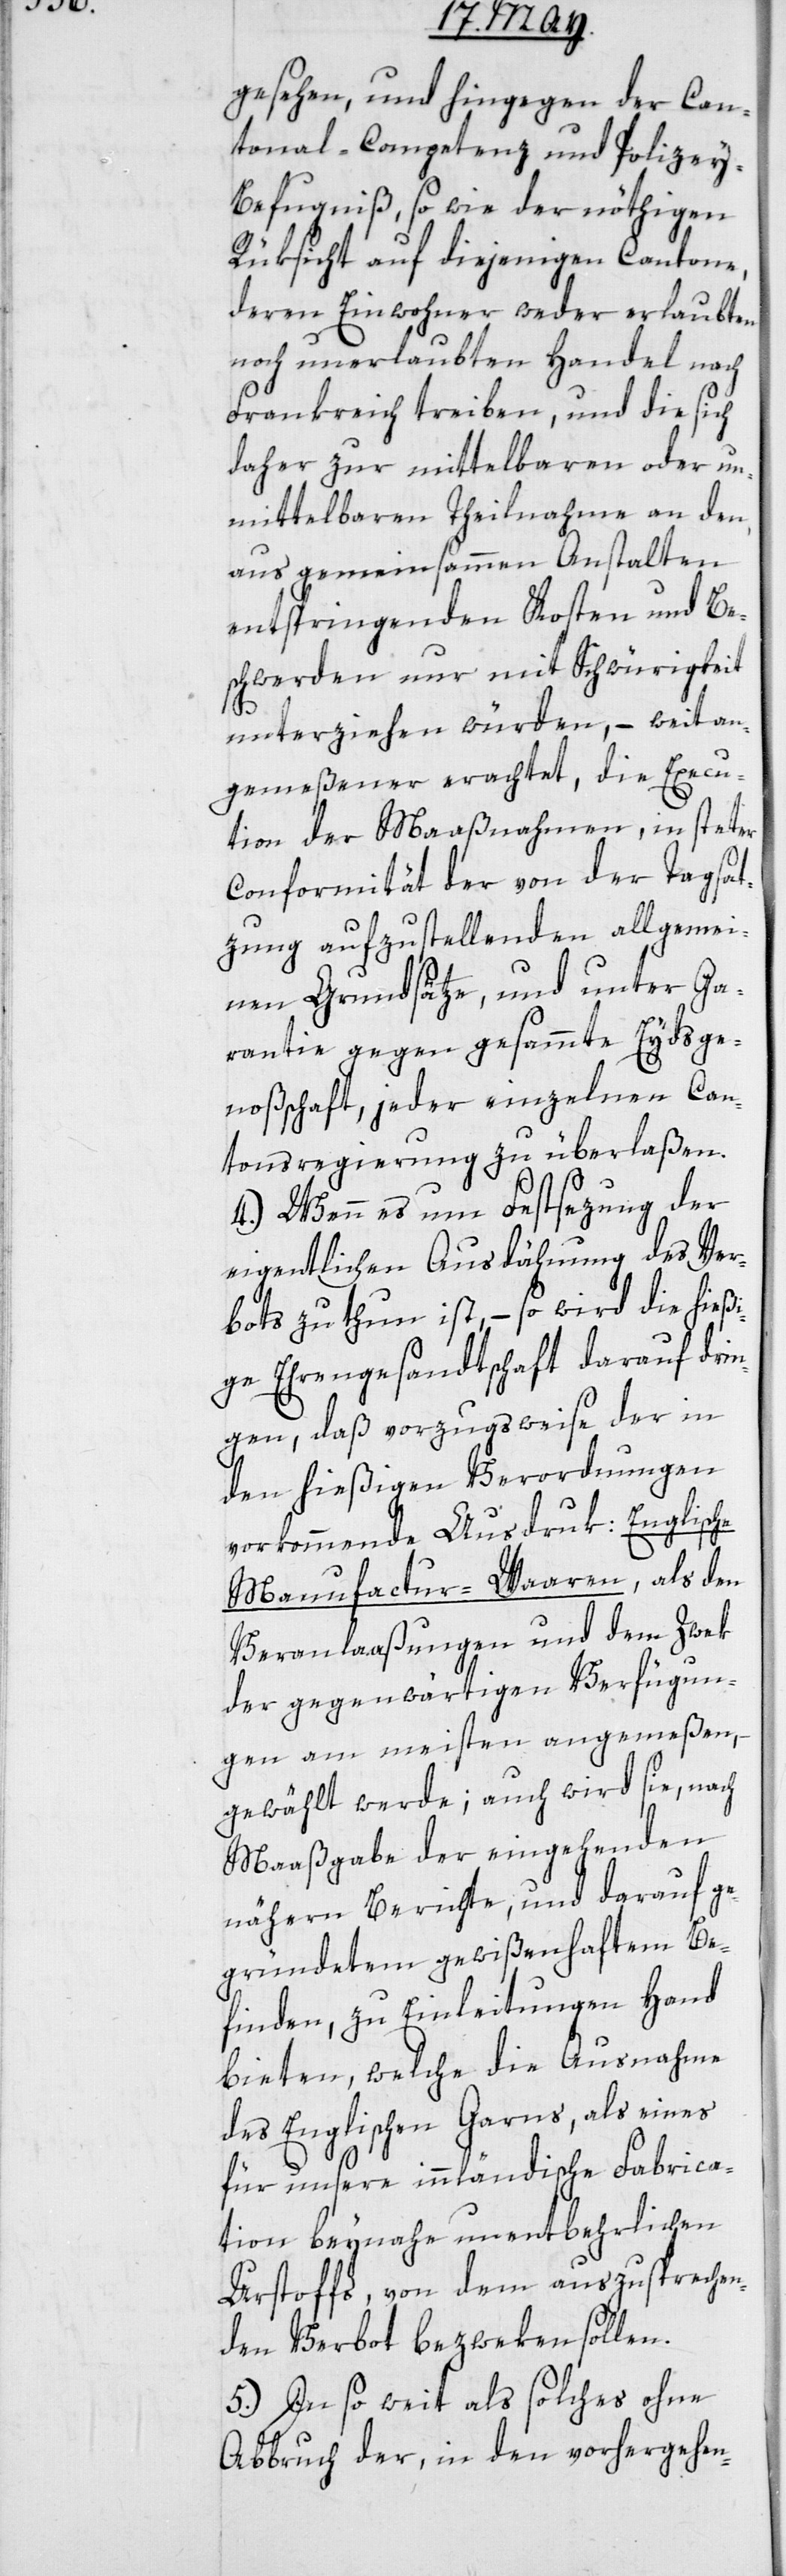
gesehen, und hingegen der Can¬
tonal-Competenz und Polizey-B¬
efugniß, sowie der nöthigen
Rüksicht auf diejenigen Cantone,
deren Einwohner weder erlaubten
noch unerlaubten Handel nach
Frankreich treiben, und die sich
daher zur mittelbaren oder un¬
mittelbaren Theilnahme an den,
aus gemeinsammen Anstalten
entspringenden Kosten und Be¬
schwerden nur mit Schwürigkeit
unterziehen würden, – weit an¬
gemeßener erachtet, die Execu¬
tion der Maaßnahmen, in steter
Conformität der von der Tagsat¬
zung aufzustellenden allgemei¬
nen Grundsätze, und unter Ga¬
rantie gegen gesammte Eydsge¬
noßschaft, jeder einzelnen Can¬
tonsregierung zu überlaßen.
4.) Wenn es um Festsezung der
eigentlichen Ausdähnung des Ver¬
bots zu thun ist, – so wird die hießi¬
ge Ehrengesandtschaft darauf drin¬
gen, daß vorzugsweise der in
den hießigen Verordnungen
vorkommende Ausdruk: Englische
Manufactur-Waaren, als den
Veranlaßungen und dem Zwek
der gegenwärtigen Verfügun¬
gen am meisten angemeßen,
gewählt werde; auch wird sie, nach
Maaßgabe der eingehenden
nähern Berichte und darauf ge¬
gründetem gewißenhaftem Be¬
finden, zu Einleitungen Hand
bieten, welche die Ausnahme
des Englischen Garns, als eines
für unsere innländische Fabrica¬
tion beynahe unentbehrlichen
Urstoffs, von dem anzusprechen¬
den Verbot bezweken sollen.
5.) Insoweit als solches ohne
Abbruch der, in den vorhergehen-